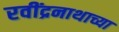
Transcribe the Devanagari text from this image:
रवींद्रनाथाच्या